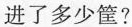
进了多少筐?